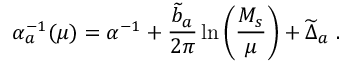
\alpha _ { a } ^ { - 1 } ( \mu ) = \alpha ^ { - 1 } + { \frac { { \widetilde b } _ { a } } { 2 \pi } } \ln \left( { \frac { M _ { s } } { \mu } } \right) + { \widetilde \Delta } _ { a } ~ .